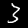
Label: 3